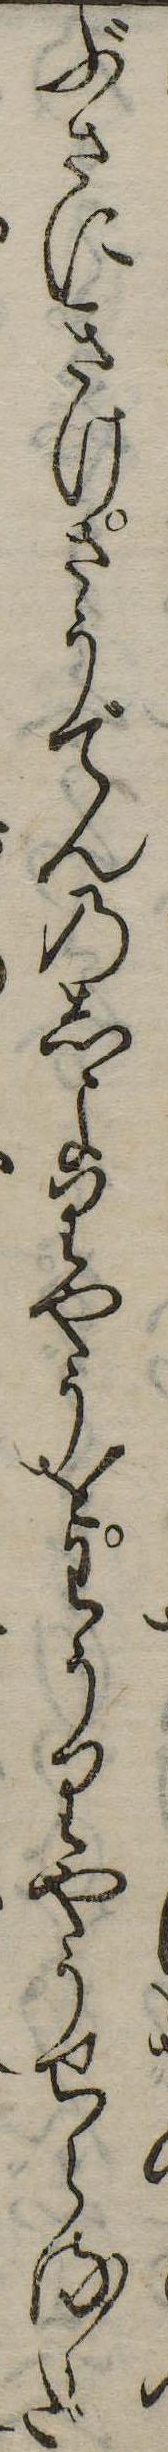
ぶさにきけさうでんのしよりやうをわうりやうせらるゝだ